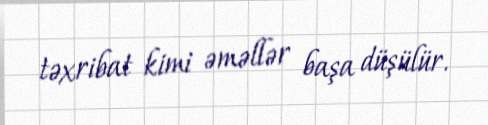
təxribat kimi əməllər başa düşülür.